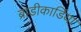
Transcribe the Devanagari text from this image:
ब्राडीकार्डिया